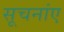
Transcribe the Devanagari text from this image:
सूचनांए